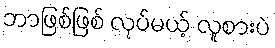
ဘာဖြစ်ဖြစ် လုပ်မယ့် လူစားပဲ